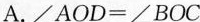
A.$$ ∠AOD=∠BOC $$